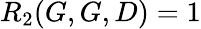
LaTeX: R_{2}(G,G,D)=1